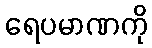
ရေပမာဏကို